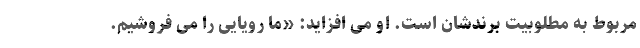
مربوط به مطلوبیت برندشان است. او می افزاید: «ما رویایی را می فروشیم.